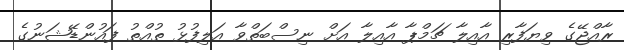
ރާއްޖޭގެ ވިޔަފާރި އާއިލާ ޗަމްޕާ އާއިލާ އަށް ނިސްބަތްވާ އަލިފުޅު ތުއްތު ފައުންޑޭޝަނުގެ